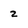
Character: 2